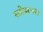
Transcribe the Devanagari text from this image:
स्तोत्ररचना